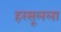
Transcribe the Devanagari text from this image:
हरसूलला